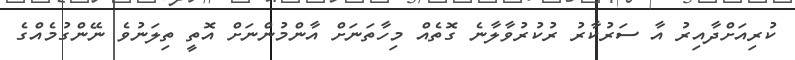
ކުރިއަށްދާއިރު އާ ސަރުކާރު ރުކުރުވާލާނެ ގޮތެއް މިހާތަނަށް އާންމުންނަށް އޮތީ ތިލަނުވެ ނޭންގުމެއްގެ